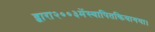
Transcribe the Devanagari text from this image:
द्वारा२००३मेंस्थापितकियागया।